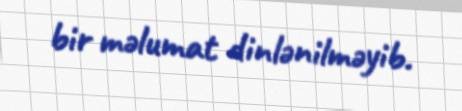
bir məlumat dinlənilməyib.